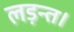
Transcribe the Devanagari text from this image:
लड़न्त।